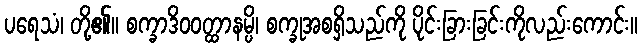
ပရေသံ၊ တို့၏။ စက္ခာဒိဝဝတ္ထာနမ္ပိ၊ စက္ခုအစရှိသည်ကို ပိုင်းခြားခြင်းကိုလည်းကောင်း။